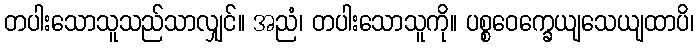
တပါးသောသူသည်သာလျှင်။ အညံ၊ တပါးသောသူကို။ ပစ္စဝေက္ခေယျသေယျထာပိ၊